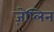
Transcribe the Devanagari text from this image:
ज़ेप्लिन